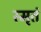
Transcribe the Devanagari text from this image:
स्मृतं